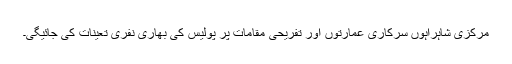
مرکزی شاہراہوں سرکاری عمارتوں اور تفریحی مقامات پر پولیس کی بھاری نفری تعینات کی جائیگی۔